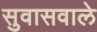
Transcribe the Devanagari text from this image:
सुवासवाले